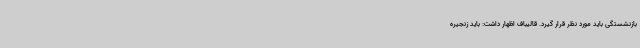
بازنشستگی باید مورد نظر قرار گیرد. قالیباف اظهار داشت: باید زنجیره